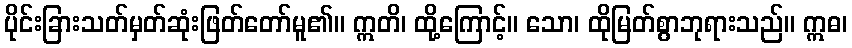
ပိုင်းခြားသတ်မှတ်ဆုံးဖြတ်တော်မူ၏။ ဣတိ၊ ထို့ကြောင့်။ သော၊ ထိုမြတ်စွာဘုရားသည်။ ဣဓ၊